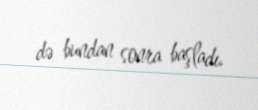
də bundan sonra başladı.